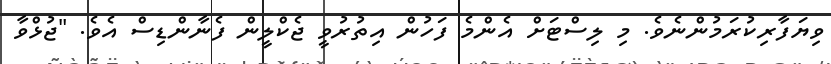
ވިޔަފާރިކުރަމުންނެވެ. މި ލިސްޓަށް އެންމެ ފަހުން އިތުރުވީ ޖެކްލީން ފެނާންޑިސް އެވެ. "ޖުޅްވާ